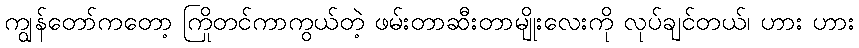
ကျွန်တော်ကတော့ ကြိုတင်ကာကွယ်တဲ့ ဖမ်းတာဆီးတာမျိုးလေးကို လုပ်ချင်တယ်၊ ဟား ဟား